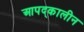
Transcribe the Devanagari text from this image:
आपद्कालीन